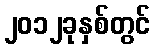
၂၀၁၂ခုနှစ်တွင်